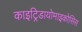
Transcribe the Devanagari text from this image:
काइट्रिडायोमाइकोसिस